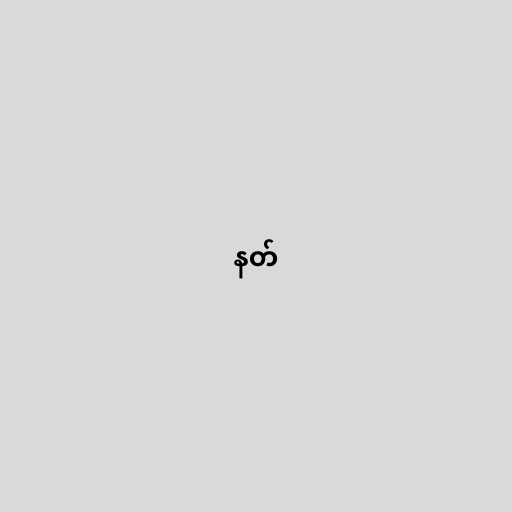
နတ်